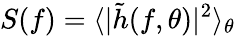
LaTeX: S(f)=\langle|\tilde{h}(f,\theta)|^{2}\rangle_{\theta}